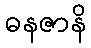
ဓနဇာနိ